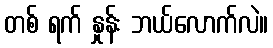
တစ် ရက် နှုန်း ဘယ်လောက်လဲ။